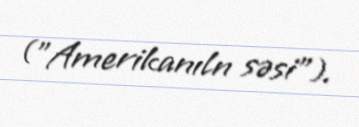
("Amerikanıln səsi").